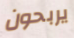
يربحون